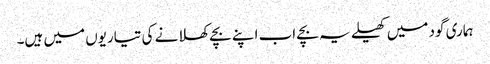
ہماری گود میں کھیلے یہ بچے اب اپنے بچے کھلانے کی تیاریوں میں ہیں۔